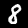
Label: 8